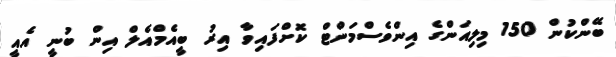
ބޭންކުން 150 މިލިއަންގެ އިންވެސްމަންޓް ކޮށްފައިވާ އިރު ބީއެމްއެލް އިން ބުނީ އެއީ